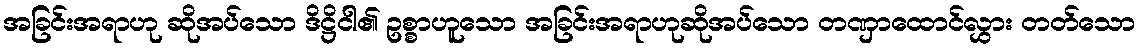
အခြင်းအရာဟု ဆိုအပ်သော ဒိဋ္ဌိငါ၏ ဥစ္စာဟူသော အခြင်းအရာဟုဆိုအပ်သော တဏှာထောင်လွှား တတ်သော